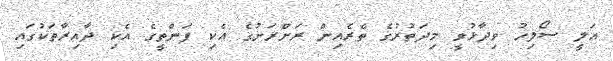
އަލީ ސޯލިހު ވިދާޅުވީ މިދަތުރުގެ ތެރެއިން ރަށްރަށުގެ އެކި ފަންތީގެ އެކި ދާއިރާތަކުގައި